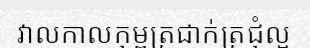
វាលកាលកុម្ពត្រជាក់ត្រជុំល្អ